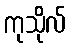
ကုသိုလ်